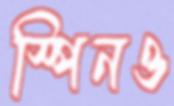
স্পিনও